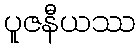
ပူဇနီယဿ